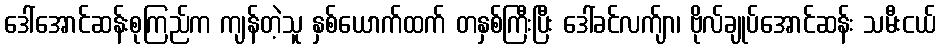
ဒေါ်အောင်ဆန်းစုကြည်က ကျန်တဲ့သူ နှစ်ယောက်ထက် တနှစ်ကြီးပြီး ဒေါ်ခင်လက်ျာ၊ ဗိုလ်ချုပ်အောင်ဆန်း သမီးငယ်